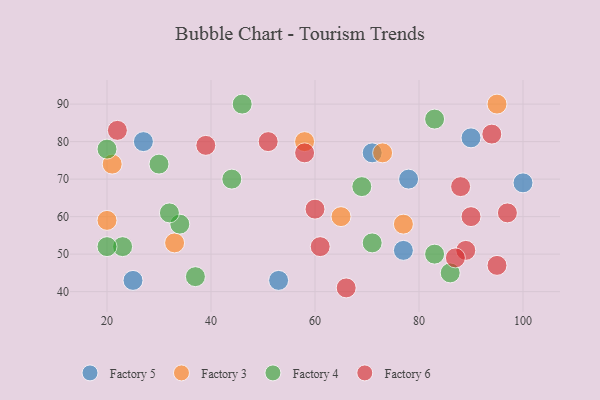
{"axis": {"x": "GDP", "y": "Life Expectancy"}, "legend": ["Factory 3", "Factory 4", "Factory 5", "Factory 6"], "data": [{"x": "71", "y": 77, "type": "Factory 5"}, {"x": "53", "y": 43, "type": "Factory 5"}, {"x": "78", "y": 70, "type": "Factory 5"}, {"x": "25", "y": 43, "type": "Factory 5"}, {"x": "90", "y": 81, "type": "Factory 5"}, {"x": "100", "y": 69, "type": "Factory 5"}, {"x": "27", "y": 80, "type": "Factory 5"}, {"x": "77", "y": 51, "type": "Factory 5"}, {"x": "73", "y": 77, "type": "Factory 3"}, {"x": "20", "y": 59, "type": "Factory 3"}, {"x": "58", "y": 80, "type": "Factory 3"}, {"x": "65", "y": 60, "type": "Factory 3"}, {"x": "95", "y": 90, "type": "Factory 3"}, {"x": "21", "y": 74, "type": "Factory 3"}, {"x": "77", "y": 58, "type": "Factory 3"}, {"x": "33", "y": 53, "type": "Factory 3"}, {"x": "34", "y": 58, "type": "Factory 4"}, {"x": "46", "y": 90, "type": "Factory 4"}, {"x": "23", "y": 52, "type": "Factory 4"}, {"x": "37", "y": 44, "type": "Factory 4"}, {"x": "44", "y": 70, "type": "Factory 4"}, {"x": "30", "y": 74, "type": "Factory 4"}, {"x": "32", "y": 61, "type": "Factory 4"}, {"x": "83", "y": 86, "type": "Factory 4"}, {"x": "86", "y": 45, "type": "Factory 4"}, {"x": "83", "y": 50, "type": "Factory 4"}, {"x": "71", "y": 53, "type": "Factory 4"}, {"x": "20", "y": 52, "type": "Factory 4"}, {"x": "20", "y": 78, "type": "Factory 4"}, {"x": "69", "y": 68, "type": "Factory 4"}, {"x": "94", "y": 82, "type": "Factory 6"}, {"x": "60", "y": 62, "type": "Factory 6"}, {"x": "39", "y": 79, "type": "Factory 6"}, {"x": "22", "y": 83, "type": "Factory 6"}, {"x": "88", "y": 68, "type": "Factory 6"}, {"x": "90", "y": 60, "type": "Factory 6"}, {"x": "89", "y": 51, "type": "Factory 6"}, {"x": "61", "y": 52, "type": "Factory 6"}, {"x": "95", "y": 47, "type": "Factory 6"}, {"x": "66", "y": 41, "type": "Factory 6"}, {"x": "51", "y": 80, "type": "Factory 6"}, {"x": "58", "y": 77, "type": "Factory 6"}, {"x": "97", "y": 61, "type": "Factory 6"}, {"x": "87", "y": 49, "type": "Factory 6"}]}